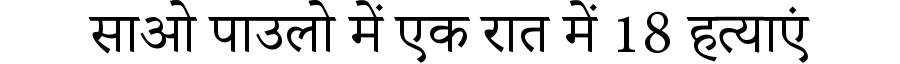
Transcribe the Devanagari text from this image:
साओ पाउलो में एक रात में 18 हत्याएं